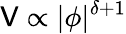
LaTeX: \mathsf{V}\propto|\phi|^{\delta+1}